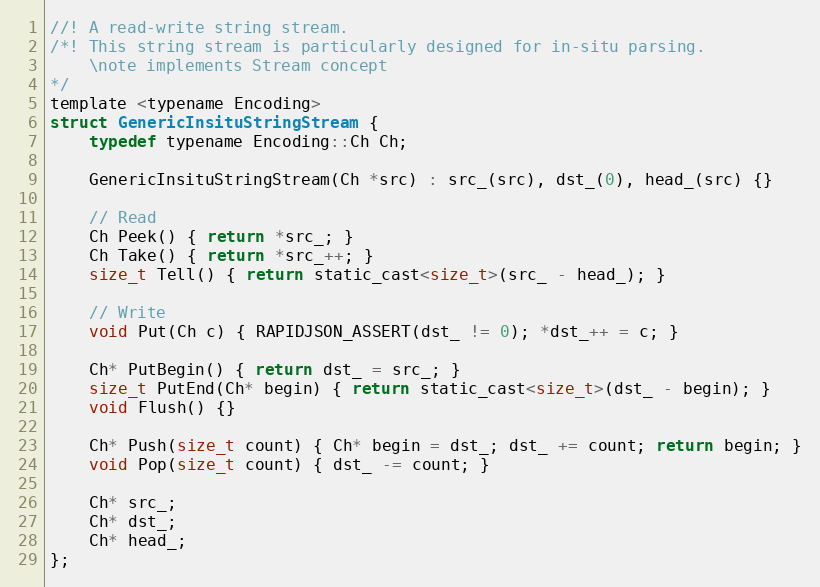
Language: C
//! A read-write string stream.
/*! This string stream is particularly designed for in-situ parsing.
    \note implements Stream concept
*/
template <typename Encoding>
struct GenericInsituStringStream {
    typedef typename Encoding::Ch Ch;

    GenericInsituStringStream(Ch *src) : src_(src), dst_(0), head_(src) {}

    // Read
    Ch Peek() { return *src_; }
    Ch Take() { return *src_++; }
    size_t Tell() { return static_cast<size_t>(src_ - head_); }

    // Write
    void Put(Ch c) { RAPIDJSON_ASSERT(dst_ != 0); *dst_++ = c; }

    Ch* PutBegin() { return dst_ = src_; }
    size_t PutEnd(Ch* begin) { return static_cast<size_t>(dst_ - begin); }
    void Flush() {}

    Ch* Push(size_t count) { Ch* begin = dst_; dst_ += count; return begin; }
    void Pop(size_t count) { dst_ -= count; }

    Ch* src_;
    Ch* dst_;
    Ch* head_;
};